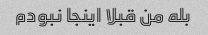
بله من قبلا اینجا نبودم